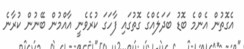
އެގޮތުން އެންމެ ބޮޑު ބަދަލެއްގެ ގޮތުގައި ފާހަގަ ކުރެވެނީ އާއްމުން ބޭނުން ކުރާނެ